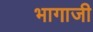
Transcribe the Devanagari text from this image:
भागाजी